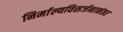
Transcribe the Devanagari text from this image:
निर्माल्यविसर्जनानंतर